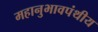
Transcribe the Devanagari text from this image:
महानुभावपंथीय